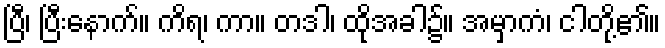
ပြီ၊ ပြီးနောက်။ ကိရ၊ ကာ။ တဒါ၊ ထိုအခါ၌။ အမှာကံ၊ ငါတို့၏။